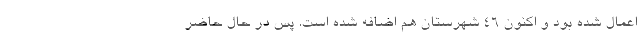
اعمال شده بود و اکنون ۴۶ شهرستان هم اضافه شده است. پس در حال حاضر